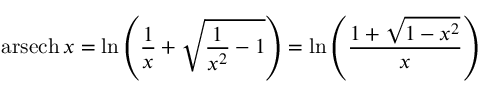
\operatorname { a r s e c h } x = \ln \left( { \frac { 1 } { x } } + { \sqrt { { \frac { 1 } { x ^ { 2 } } } - 1 } } \right) = \ln \left( { \frac { 1 + { \sqrt { 1 - x ^ { 2 } } } } { x } } \right)